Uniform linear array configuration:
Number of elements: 24
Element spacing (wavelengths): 1
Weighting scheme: blackman
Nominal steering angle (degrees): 30
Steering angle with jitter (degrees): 28.667
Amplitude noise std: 0.05
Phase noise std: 0.05

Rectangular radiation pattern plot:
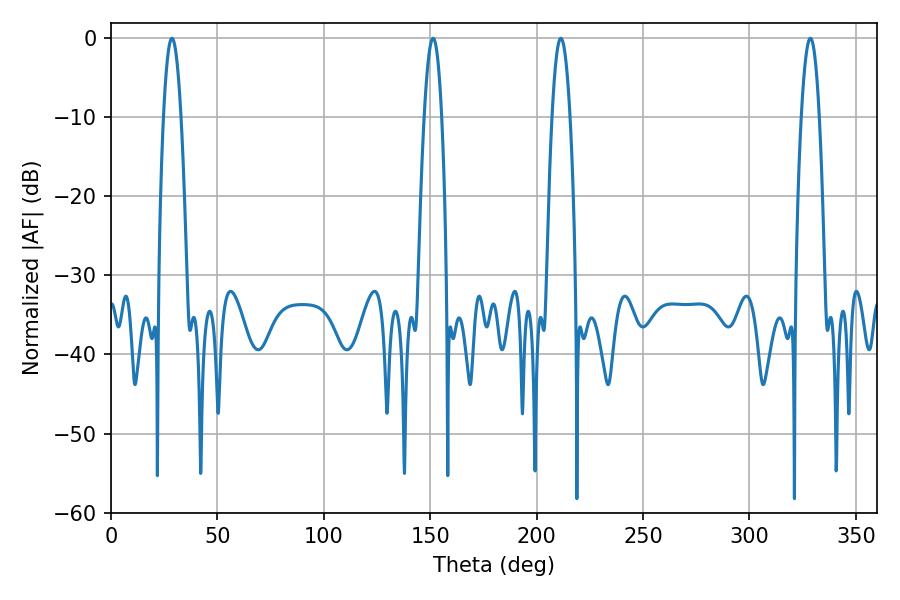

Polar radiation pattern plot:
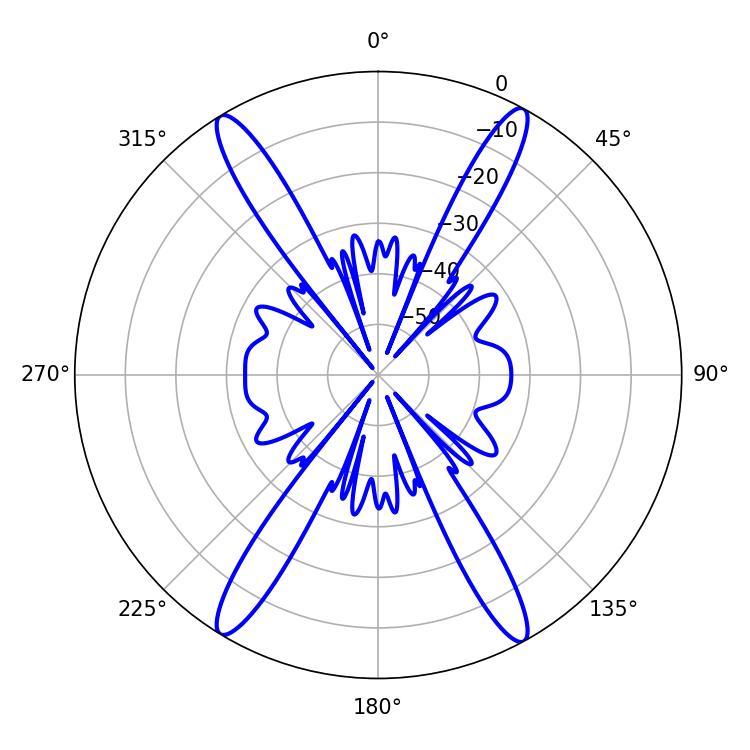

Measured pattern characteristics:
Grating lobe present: TRUE
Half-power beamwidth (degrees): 4.5
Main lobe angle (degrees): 28.62